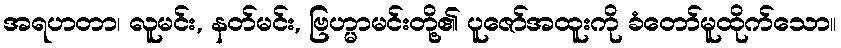
အရဟတာ၊ လူမင်း, နတ်မင်း, ဗြဟ္မာမင်းတို့၏ ပူဇော်အထူးကို ခံတော်မူထိုက်သော။